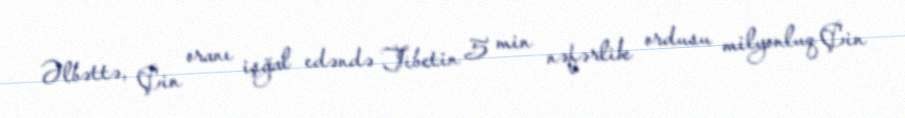
Əlbəttə, Çin oranı işğal edəndə Tibetin 5 min nəfərlik ordusu milyonluq Çin